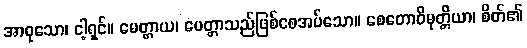
အာဝုသော၊ ငါ့ရှင်။ မေတ္တာယ၊ မေတ္တာသည်ဖြစ်စေအပ်သော။ စေတောဝိမုတ္တိယာ၊ စိတ်၏